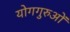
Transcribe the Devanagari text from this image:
योगगुरुओं